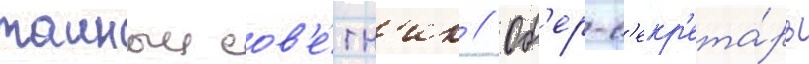
таиныи сов'е́тн'ик // Об'ер-с'екр'ета́рь